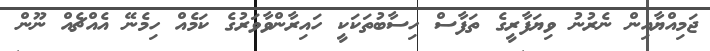
ޖަމިއްޔާއިން ނެރުނު ވިޔަފާރީގެ ތަފާސް ހިސާބުތަކަކީ ހައިރާންވާވަރުގެ ކަމެއް ހިމެނޭ އެއްޗެއް ނޫން